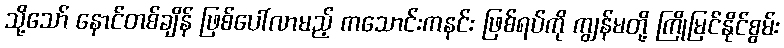
သို့သော် နောင်တစ်ချိန် ဖြစ်ပေါ်လာမည့် ကသောင်းကနင်း ဖြစ်ရပ်ကို ကျွန်မတို့ ကြိုမြင်နိုင်စွမ်း